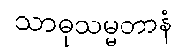
သာဓုသမ္မတာနံ